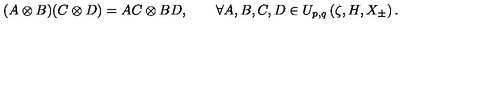
( A \otimes B ) ( C \otimes D ) = A C \otimes B D , \qquad \forall A , B , C , D \in U _ { p , q } \left( \zeta , H , X _ { \pm } \right) .